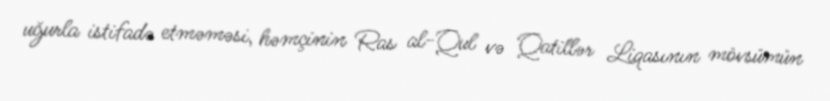
uğurla istifadə etməməsi, həmçinin Ras al-Qul və Qatillər Liqasının mövsümün